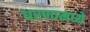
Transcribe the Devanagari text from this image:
धरणामध्ये